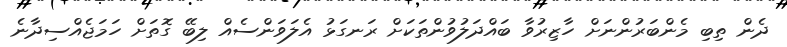
ދެން ތިބި މެންބަރުންނަށް ހާޒިރުވާ ބައްދަލުވުންތަކަށް ރަނގަޅު އެލަވަންސެއް ލިބޭ ގޮތަށް ހަމަޖެއްސިދާނެ